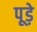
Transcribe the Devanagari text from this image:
पूड़े